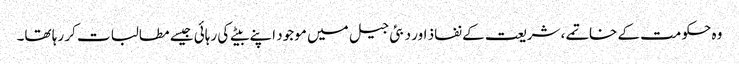
وہ حکومت کے خاتمے، شریعت کے نفاذ اور دبئی جیل میں موجود اپنے بیٹے کی رہائی جیسے مطالبات کر رہا تھا۔